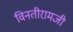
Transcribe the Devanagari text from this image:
विनतीरामजी